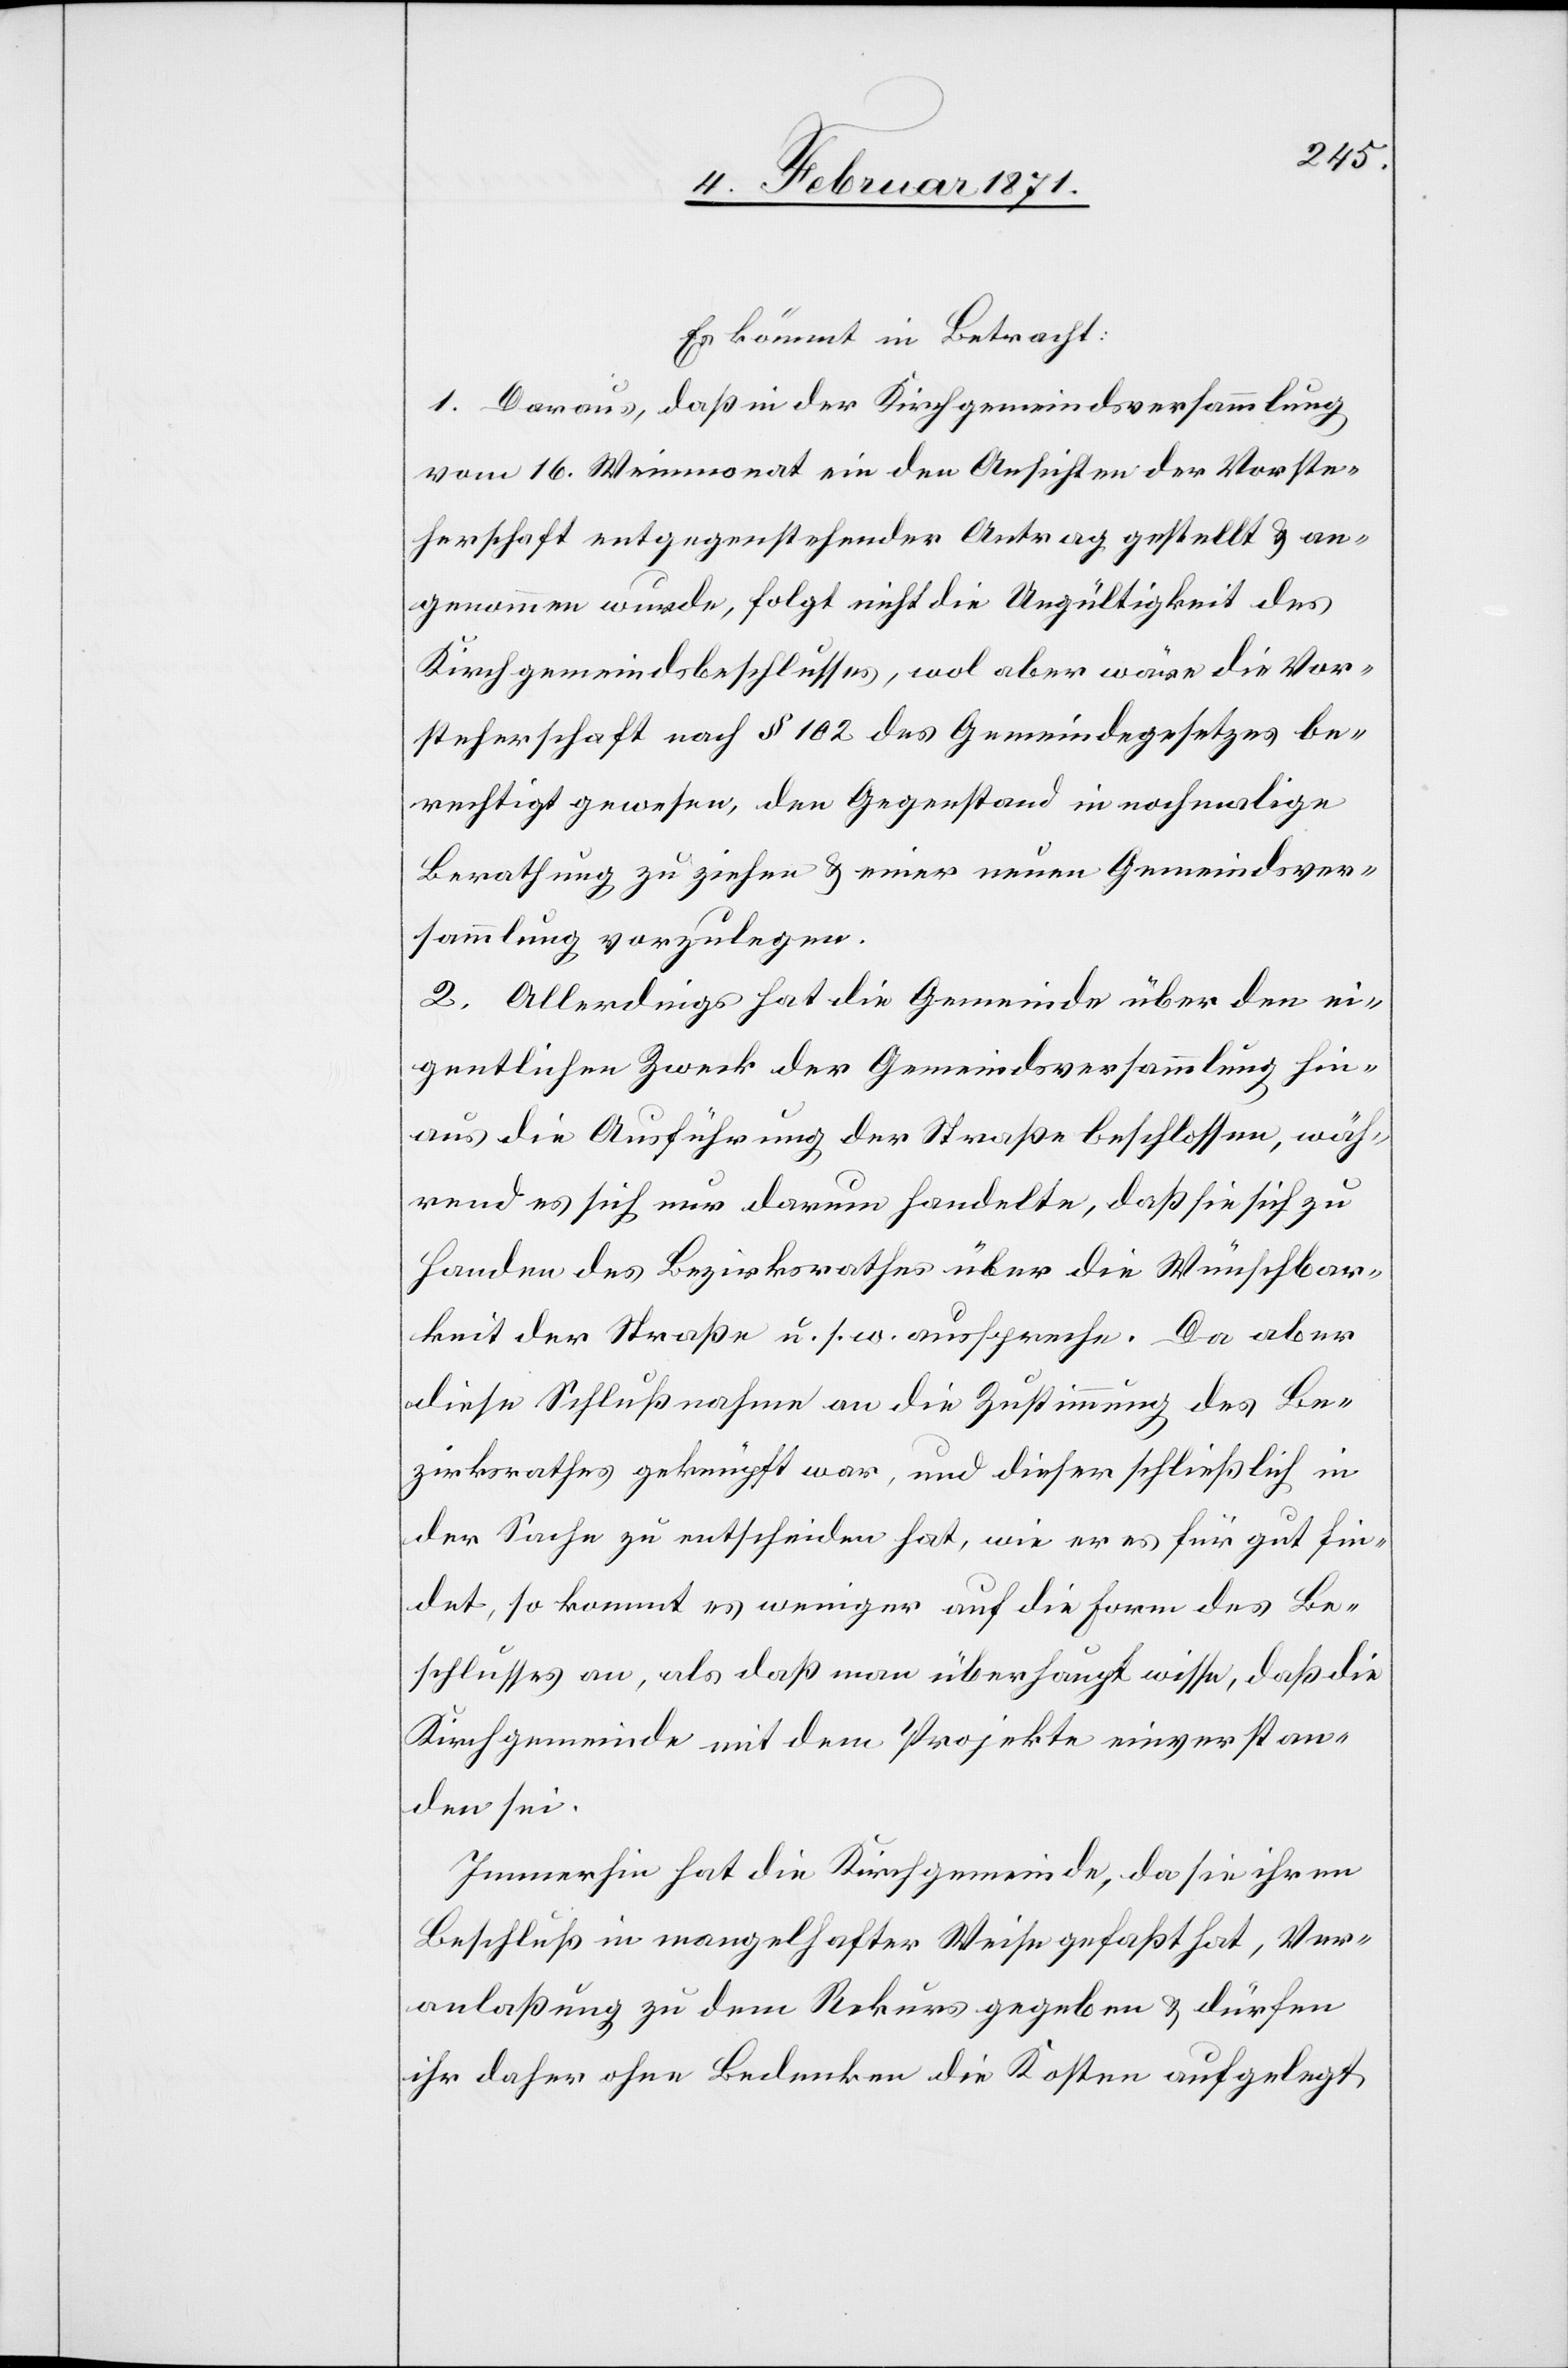
Es kommt in Betracht:
1. Daraus, daß in der Kirchgemeindsversammlung
vom 16. Weinmonat ein den Ansichten der Vorste¬
herschaft entgegenstehender Antrag gestellt u. an¬
genommen wurde, folgt nicht die Ungültigkeit des
Kirchgemeindsbeschlusses, wol aber wäre die Vor¬
steherschaft nach § 102 des Gemeindegesetztes be¬
rechtigt gewesen, den Gegenstand in nochmalige
Berathung zu ziehen u. einer neuen Gemeindsver¬
sammlung vorzulegen.
2. Allerdings hat die Gemeinde über den ei¬
gentlichen Zweck der Gemeindsversammlung hin¬
aus die Ausführung der Straßen beschlossen, wäh¬
rend es sich nur darum handelte, daß sie sich zu
Handen des Bezirksrathes über die Wünschbar¬
keit der Straße u. s. w. ausspreche. Da aber
diese Schlußnahme an die Zustimmung des Be¬
zirksrathes geknüpft war, und dieser schließlich in
der Sache zu entscheiden hat, wie er es für gut fin¬
det, so kommt es weniger auf die Form des Be¬
schlusses an, als daß man überhaupt wisse, daß die
Kirchgemeinde mit dem Projekte einverstan¬
den sei.
Immerhin hat die Kirchgemeinde, da sie ihren
Beschluß in mangelhafter Weise gefaßt hat, Ver¬
anlaßung zu dem Rekurs gegeben u. dürfen
ihr daher ohne Bedenken die Kosten aufgelegt